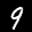
Label: 9